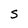
Character: S